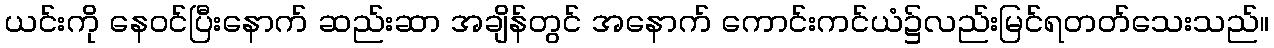
ယင်းကို နေဝင်ပြီးနောက် ဆည်းဆာ အချိန်တွင် အနောက် ကောင်းကင်ယံ၌လည်းမြင်ရတတ်သေးသည်။